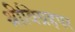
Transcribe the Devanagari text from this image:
श्रीविग्रहपर